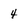
Character: 4